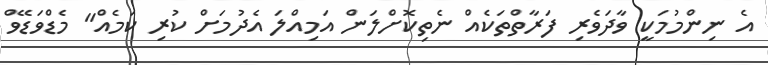
އެ ނިންމުމަކީ ވާދަވެރި ފަރާތްތަކެއް ނެތިކޮށްލަން އަމިއްލަ އެދުމަށް ކުރި ކަމެއް" މެޑްވަޑޭވް